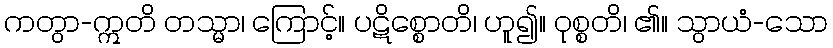
ကတွာ-ဣတိ တသ္မာ၊ ကြောင့်။ ပဋိစ္စောတိ၊ ဟူ၍။ ဝုစ္စတိ၊ ၏။ သွာယံ-သော